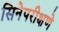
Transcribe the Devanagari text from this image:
सिनेपरीक्षणे